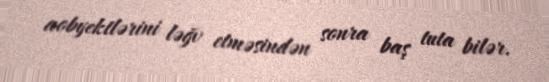
aobyektlərini ləğv etməsindən sonra baş tuta bilər.